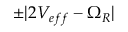
\pm | 2 V _ { e f f } - \Omega _ { R } |